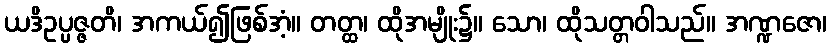
ယဒိဥပ္ပဇ္ဇတိ၊ အကယ်၍ဖြစ်အံ့။ တတ္ထ၊ ထိုအမျိုး၌။ သော၊ ထိုသတ္တဝါသည်။ အဏ္ဍဇော၊